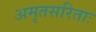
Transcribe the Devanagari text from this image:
अमृतसरिताः